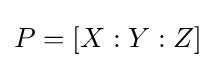
P=[X:Y:Z]